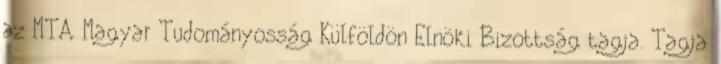
az MTA Magyar Tudományosság Külföldön Elnöki Bizottság tagja. Tagja